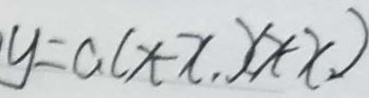
y = a ( x - x , ) ( x + x )